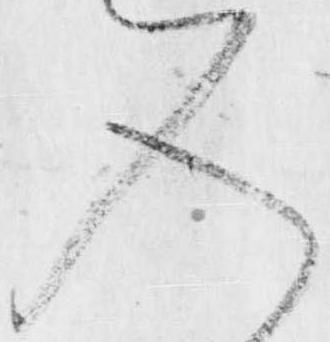
入